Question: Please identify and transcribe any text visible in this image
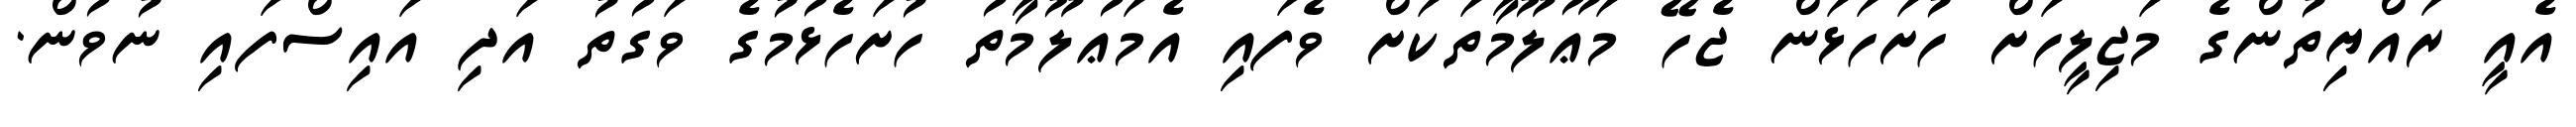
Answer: އެއީ ރައްޔިތުންގެ މަޖިލީހަށް ހުށަހަޅަން ޖެހޭ މަޢޫލޫމާތަކަށް ވެފައި އެމަޢުލޫމާތު ހުށަހެޅުމުގެ ވަގުތު އަދި އައިސްފައި ނުވުން.